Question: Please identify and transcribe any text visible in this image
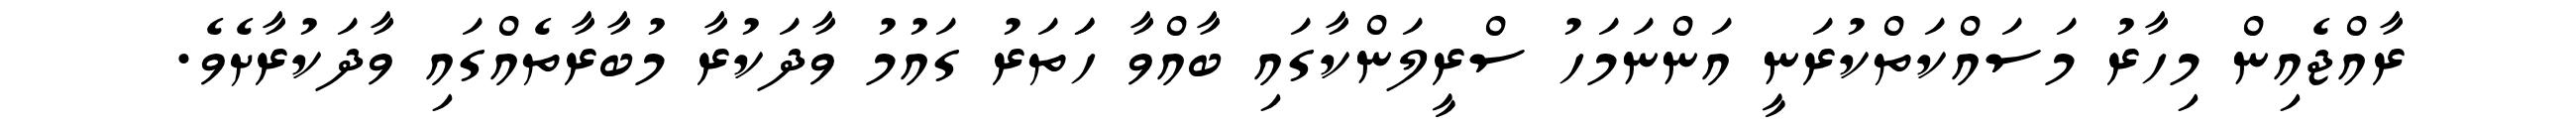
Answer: ރާއްޖެއިން މިހާރު މަސައްކަތްކުރަނީ އަންނަމަހު ސްރީލަންކާގައި ބާއްވާ ހަަތަރު ގައުމު ވާދަކުރާ މުބާރާތެއްގައި ވާދަކުރާށެވެ.